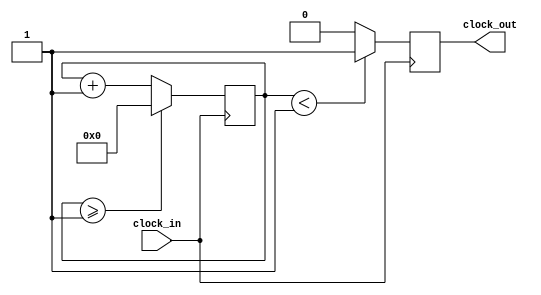
// fpga4student.com: FPGA projects, VHDL projects, Verilog projects
module Divisor_Frequencia (clock_in, clock_out);

	input clock_in; // input clock on FPGA (50 MHz)
	output reg clock_out; // output clock after dividing the input clock by divisor
	
	reg[27:0] counter=28'd0;
	parameter DIVISOR = 28'd2; //para sair o clock de 1H
								//28'd2 para dividir pela metade apenas 28'd50000000
	
	// The frequency of the output clk_out
	//  = The frequency of the input clk_in divided by DIVISOR
	// For example: Fclk_in = 50Mhz, if you want to get 1Hz signal to blink LEDs
	// You will modify the DIVISOR parameter value to 28'd50.000.000
	// Then the frequency of the output clk_out = 50Mhz/50.000.000 = 1Hz
	
	always @(posedge clock_in)
	begin
		counter <= counter + 28'd1;
		if(counter>=(DIVISOR-1))
			counter <= 28'd0;
		clock_out <= (counter<DIVISOR/2)?1'b1:1'b0;
	end


endmodule